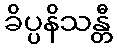
ခိပ္ပနိသန္တီ